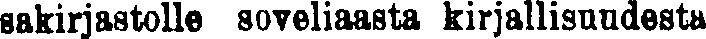
sakirjastolle soveliaasta kirjallisuudesta